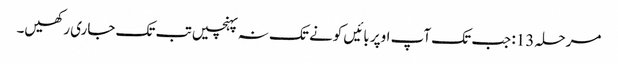
مرحلہ 13: جب تک آپ اوپر بائیں کونے تک نہ پہنچیں تب تک جاری رکھیں۔